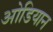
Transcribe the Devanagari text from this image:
ओडियान